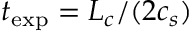
t _ { \mathrm { e x p } } = L _ { c } / ( 2 c _ { s } )